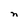
Character: n